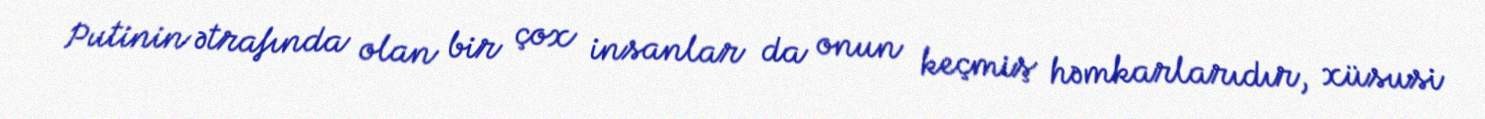
Putinin ətrafında olan bir çox insanlar da onun keçmiş həmkarlarıdır, xüsusi